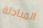
المبادلة